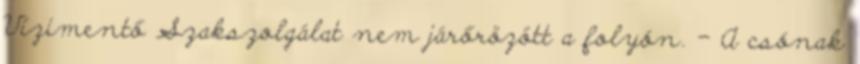
Vízimentő Szakszolgálat nem járőrözött a folyón. – A csónak